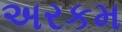
અરકમ